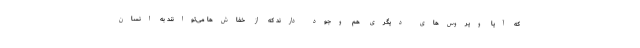
که آیا ویروس‌های دیگری هم وجود دارند که از خفاش‌ها می‌توانند به انسان